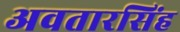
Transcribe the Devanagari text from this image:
अवतारसिंह